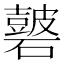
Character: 𥖫